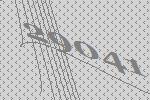
29041